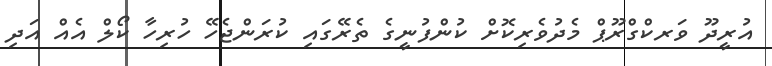
އުރީދޫ ވަރކްގްރޫޕް މެދުވެރިކޮށް ކުންފުނީގެ ތެރޭގައި ކުރަންޖެހޭ ހުރިހާ ކޯލް އެއް އަދި